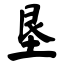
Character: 垦